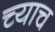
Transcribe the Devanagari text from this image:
च्याच